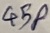
Text: 45P